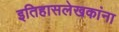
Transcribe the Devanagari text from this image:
इतिहासलेखकांना